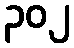
၃၀၂